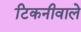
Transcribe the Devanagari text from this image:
टिकनीवाले